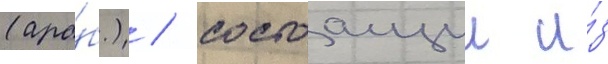
(ара́б.) / состоащии и́з